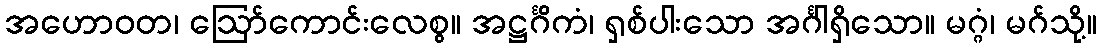
အဟောဝတ၊ ဩော်ကောင်းလေစွ။ အဋ္ဌင်္ဂိကံ၊ ရှစ်ပါးသော အင်္ဂါရှိသော။ မဂ္ဂံ၊ မဂ်သို့။